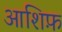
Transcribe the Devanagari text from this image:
आशिफ़